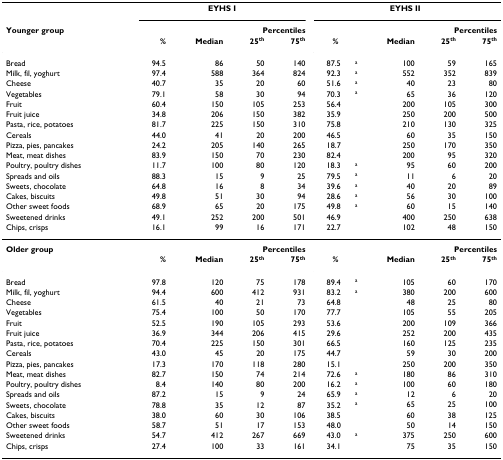
<table><thead><tr><td></td><td colspan="4"><b>EYHS I</b></td><td colspan="5"><b>EYHS II</b></td></tr><tr><td><b>Younger group</b></td><td></td><td></td><td colspan="2"><b>Percentiles</b></td><td></td><td></td><td></td><td colspan="2"><b>Percentiles</b></td></tr><tr><td></td><td><b>%</b></td><td><b>Median</b></td><td><b>25<sup>th</sup></b></td><td><b>75<sup>th</sup></b></td><td colspan="2"><b>%</b></td><td><b>Median</b></td><td><b>25<sup>th</sup></b></td><td><b>75<sup>th</sup></b></td></tr><tr><td><b>Bread</b></td><td><b>94.5</b></td><td><b>86</b></td><td><b>50</b></td><td><b>140</b></td><td><b>87.5</b></td><td><b><sup>a</sup></b></td><td><b>100</b></td><td><b>59</b></td><td><b>165</b></td></tr><tr><td><b>Milk, fil, yoghurt</b></td><td><b>97.4</b></td><td><b>588</b></td><td><b>364</b></td><td><b>824</b></td><td><b>92.3</b></td><td><b><sup>a</sup></b></td><td><b>552</b></td><td><b>352</b></td><td><b>839</b></td></tr><tr><td><b>Cheese</b></td><td><b>40.7</b></td><td><b>35</b></td><td><b>20</b></td><td><b>60</b></td><td><b>51.6</b></td><td><b><sup>a</sup></b></td><td><b>40</b></td><td><b>23</b></td><td><b>80</b></td></tr><tr><td><b>Vegetables</b></td><td><b>79.1</b></td><td><b>58</b></td><td><b>30</b></td><td><b>94</b></td><td><b>70.3</b></td><td><b><sup>a</sup></b></td><td><b>65</b></td><td><b>36</b></td><td><b>120</b></td></tr><tr><td><b>Fruit</b></td><td><b>60.4</b></td><td><b>150</b></td><td><b>105</b></td><td><b>253</b></td><td><b>56.4</b></td><td></td><td><b>200</b></td><td><b>105</b></td><td><b>300</b></td></tr><tr><td><b>Fruit juice</b></td><td><b>34.8</b></td><td><b>206</b></td><td><b>150</b></td><td><b>382</b></td><td><b>35.9</b></td><td></td><td><b>250</b></td><td><b>200</b></td><td><b>500</b></td></tr><tr><td><b>Pasta, rice, potatoes</b></td><td><b>81.7</b></td><td><b>225</b></td><td><b>150</b></td><td><b>310</b></td><td><b>75.8</b></td><td></td><td><b>210</b></td><td><b>130</b></td><td><b>325</b></td></tr><tr><td><b>Cereals</b></td><td><b>44.0</b></td><td><b>41</b></td><td><b>20</b></td><td><b>200</b></td><td><b>46.5</b></td><td></td><td><b>60</b></td><td><b>35</b></td><td><b>150</b></td></tr><tr><td><b>Pizza, pies, pancakes</b></td><td><b>24.2</b></td><td><b>205</b></td><td><b>140</b></td><td><b>265</b></td><td><b>18.7</b></td><td></td><td><b>250</b></td><td><b>170</b></td><td><b>350</b></td></tr><tr><td><b>Meat, meat dishes</b></td><td><b>83.9</b></td><td><b>150</b></td><td><b>70</b></td><td><b>230</b></td><td><b>82.4</b></td><td></td><td><b>200</b></td><td><b>95</b></td><td><b>320</b></td></tr><tr><td><b>Poultry, poultry dishes</b></td><td><b>11.7</b></td><td><b>100</b></td><td><b>80</b></td><td><b>120</b></td><td><b>18.3</b></td><td><b><sup>a</sup></b></td><td><b>95</b></td><td><b>60</b></td><td><b>200</b></td></tr><tr><td><b>Spreads and oils</b></td><td><b>88.3</b></td><td><b>15</b></td><td><b>9</b></td><td><b>25</b></td><td><b>79.5</b></td><td><b><sup>a</sup></b></td><td><b>11</b></td><td><b>6</b></td><td><b>20</b></td></tr><tr><td><b>Sweets, chocolate</b></td><td><b>64.8</b></td><td><b>16</b></td><td><b>8</b></td><td><b>34</b></td><td><b>39.6</b></td><td><b><sup>a</sup></b></td><td><b>40</b></td><td><b>20</b></td><td><b>89</b></td></tr><tr><td><b>Cakes, biscuits</b></td><td><b>49.8</b></td><td><b>51</b></td><td><b>30</b></td><td><b>94</b></td><td><b>28.6</b></td><td><b><sup>a</sup></b></td><td><b>56</b></td><td><b>30</b></td><td><b>100</b></td></tr><tr><td><b>Other sweet foods</b></td><td><b>68.9</b></td><td><b>65</b></td><td><b>20</b></td><td><b>175</b></td><td><b>49.8</b></td><td><b><sup>a</sup></b></td><td><b>60</b></td><td><b>15</b></td><td><b>140</b></td></tr><tr><td><b>Sweetened drinks</b></td><td><b>49.1</b></td><td><b>252</b></td><td><b>200</b></td><td><b>501</b></td><td><b>46.9</b></td><td></td><td><b>400</b></td><td><b>250</b></td><td><b>638</b></td></tr><tr><td><b>Chips, crisps</b></td><td><b>16.1</b></td><td><b>99</b></td><td><b>16</b></td><td><b>171</b></td><td><b>22.7</b></td><td></td><td><b>102</b></td><td><b>48</b></td><td><b>150</b></td></tr></thead><tbody><tr><td><b>Older group</b></td><td></td><td></td><td colspan="2"><b>Percentiles</b></td><td></td><td></td><td></td><td colspan="2"><b>Percentiles</b></td></tr><tr><td></td><td><b>%</b></td><td><b>Median</b></td><td><b>25<sup>th</sup></b></td><td><b>75<sup>th</sup></b></td><td colspan="2"><b>%</b></td><td><b>Median</b></td><td><b>25<sup>th</sup></b></td><td><b>75<sup>th</sup></b></td></tr><tr><td>Bread</td><td>97.8</td><td>120</td><td>75</td><td>178</td><td>89.4</td><td><sup>a</sup></td><td>105</td><td>60</td><td>170</td></tr><tr><td>Milk, fil, yoghurt</td><td>94.4</td><td>600</td><td>412</td><td>931</td><td>83.2</td><td><sup>a</sup></td><td>380</td><td>200</td><td>600</td></tr><tr><td>Cheese</td><td>61.5</td><td>40</td><td>21</td><td>73</td><td>64.8</td><td></td><td>48</td><td>25</td><td>80</td></tr><tr><td>Vegetables</td><td>75.4</td><td>100</td><td>50</td><td>170</td><td>77.7</td><td></td><td>105</td><td>55</td><td>205</td></tr><tr><td>Fruit</td><td>52.5</td><td>190</td><td>105</td><td>293</td><td>53.6</td><td></td><td>200</td><td>109</td><td>366</td></tr><tr><td>Fruit juice</td><td>36.9</td><td>344</td><td>206</td><td>415</td><td>29.6</td><td></td><td>252</td><td>200</td><td>435</td></tr><tr><td>Pasta, rice, potatoes</td><td>70.4</td><td>225</td><td>150</td><td>301</td><td>66.5</td><td></td><td>160</td><td>125</td><td>235</td></tr><tr><td>Cereals</td><td>43.0</td><td>45</td><td>20</td><td>175</td><td>44.7</td><td></td><td>59</td><td>30</td><td>200</td></tr><tr><td>Pizza, pies, pancakes</td><td>17.3</td><td>170</td><td>118</td><td>280</td><td>15.1</td><td></td><td>250</td><td>200</td><td>350</td></tr><tr><td>Meat, meat dishes</td><td>82.7</td><td>150</td><td>74</td><td>214</td><td>72.6</td><td><sup>a</sup></td><td>180</td><td>86</td><td>310</td></tr><tr><td>Poultry, poultry dishes</td><td>8.4</td><td>140</td><td>80</td><td>200</td><td>16.2</td><td><sup>a</sup></td><td>100</td><td>60</td><td>180</td></tr><tr><td>Spreads and oils</td><td>87.2</td><td>15</td><td>9</td><td>24</td><td>65.9</td><td><sup>a</sup></td><td>12</td><td>6</td><td>20</td></tr><tr><td>Sweets, chocolate</td><td>78.8</td><td>35</td><td>12</td><td>87</td><td>35.2</td><td><sup>a</sup></td><td>65</td><td>25</td><td>100</td></tr><tr><td>Cakes, biscuits</td><td>38.0</td><td>60</td><td>30</td><td>106</td><td>38.5</td><td></td><td>60</td><td>38</td><td>125</td></tr><tr><td>Other sweet foods</td><td>58.7</td><td>51</td><td>17</td><td>153</td><td>48.0</td><td></td><td>50</td><td>14</td><td>150</td></tr><tr><td>Sweetened drinks</td><td>54.7</td><td>412</td><td>267</td><td>669</td><td>43.0</td><td><sup>a</sup></td><td>375</td><td>250</td><td>600</td></tr><tr><td>Chips, crisps</td><td>27.4</td><td>100</td><td>33</td><td>161</td><td>34.1</td><td></td><td>75</td><td>35</td><td>150</td></tr></tbody></table>